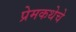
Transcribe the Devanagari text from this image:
प्रेमकथेचे